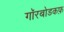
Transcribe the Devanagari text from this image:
गॉरबोडकफ़